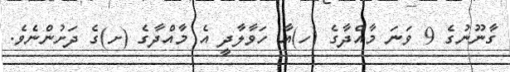
ގާނޫނުގެ 9 ވަނަ މާއްދާގެ (ހ)އާ ހަވާލާދީ އެ މާއްދާގެ (ށ)ގެ ދަށުންނެވެ.